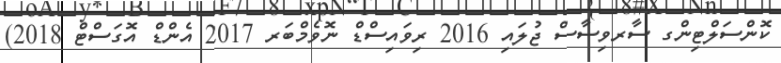
ކޮންސަލްޓިންގ ސާރވިސާސް ޖުލައި 2016 ރިވައިސްޑް ނޮވެމްބަރ 2017 އެންޑް އޮގަސްޓް 2018)